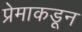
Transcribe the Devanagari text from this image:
प्रेमाकडून